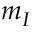
m _ { I }